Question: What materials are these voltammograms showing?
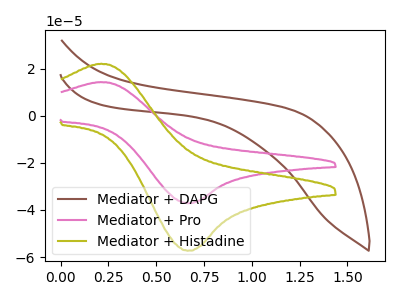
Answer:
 <answer>The brown curve is labeled "Mediator + DAPG". The pink curve is labeled "Mediator + Pro". The olive curve is labeled "Mediator + Histadine".</answer>
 <eval></eval>